Civil Veterinary Dept. Bombay admin report 1932-41 - 1932-1941
Year: 1932
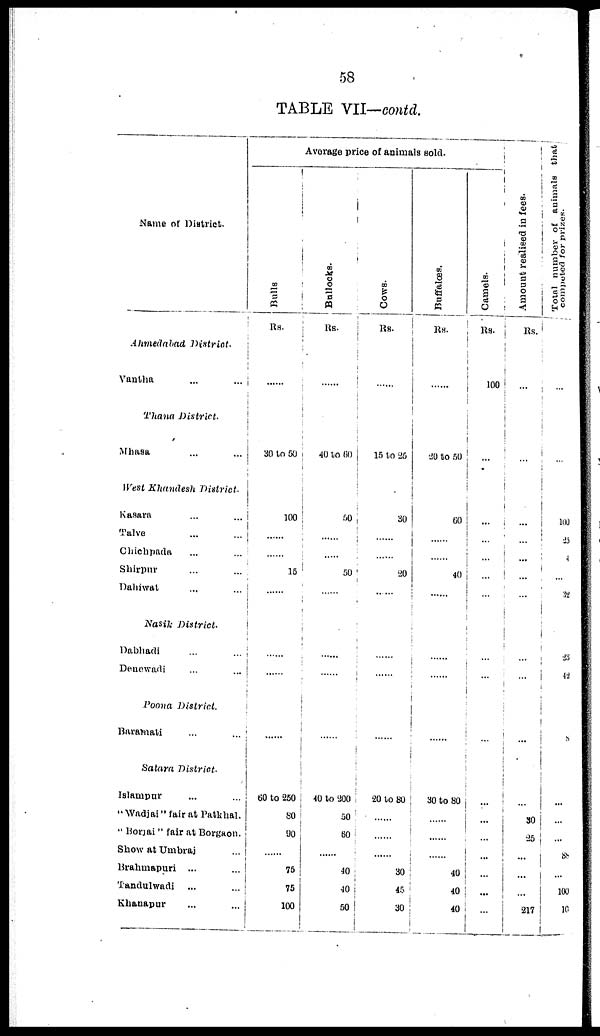
58
TABLE VII—contd.
Name of District.
Ahmedabad District.
Vantha ... ...
Thana District.
Mhasa ... ...
West Khandesh District.
Kasara ... ...
Talve ... ...
Chichpada ... ...
Shirpur ... ...
Dahiwat ... ...
Nasik
District.
Dabhadi ... ...
Denewadi ... ...
Poona
District.
Baramati ... ...
Satara District.
Islampur ... ...
" Wadjai" fair at Patkhal.
" Borjai " fair at Borgaon.
Show at Umbraj ...
Brahmapuri ... ...
Tandulwadi ... ...
Khanapur ... ...
Average price of animals sold.
Bulls
RS.
......
30 to 50
100
......
......
15
........
......
......
60 to 250
80
90
......
75
75
100
Bullocks.
Rs.
......
40 to 60
50
......
......
50
......
......
......
40 to 200
50
60
......
40
40
50
Cows.
RS.
......
15 to 25
30
......
20
......
......
......
......
20 to 80
......
......
......
30
45
30
Buffaloes.
RS.
......
20 to 50
60
......
40
...
......
......
......
30 to 80
.....
......
40
40
40
Camels.
Rs.
100
...
...
...
...
...
...
...
...
...
...
...
...
...
...
...
Amount realised in f ees
Rs.
...
...
...
...
...
...
...
...
...
...
...
30
25
...
...
...
217
Total number of animals that
computed for prizes.
...
...
100
25
4
...
32
23
42
8
...
...
...
88
...
100
10